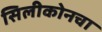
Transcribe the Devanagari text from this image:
सिलीकोनचा